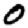
Digit: 0